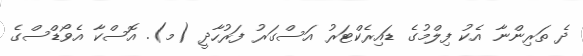
ދެ ތަރިންނާ އެކު ފިލްމުގެ ޑައިރެކްޓަރު އަސްގަރު ފަރުހާދީ (މ). އޮސްކާ އެވޯޑްސްގެ